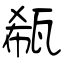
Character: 瓻